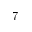
7